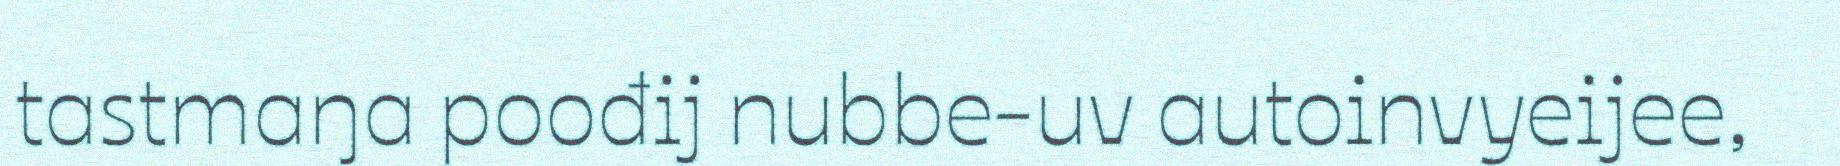
tastmaŋa poođij nubbe-uv autoinvyeijee,